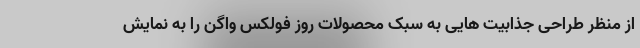
از منظر طراحی جذابیت هایی به سبک محصولات روز فولکس واگن را به نمایش